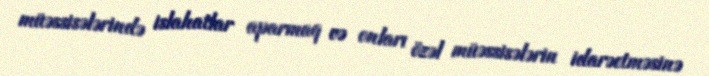
müəssisələrində islahatlar aparmaq və onları özəl müəssisələrin idarəetməsinə